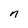
Character: n